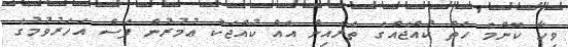
ވިހާ ކޮންމެ ހަތް ކުއްޖެއްގެ ތެރެއިން އެއް ކުއްޖަކު ޢުމުރުން ފަސް އަހަރުވުމުގެ